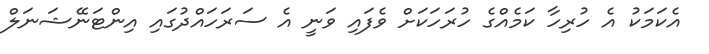
އެކަމަކު އެ ހުރިހާ ކަމެއްގެ ހުރަހަކަށް ވެފައި ވަނީ އެ ސަރަހައްދުގައި އިންޓަނޭޝަނަލް